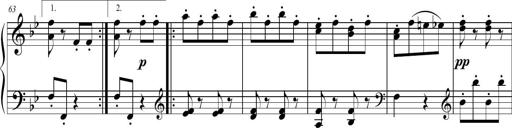
Title: 2 Sonatines faciles et brillantes pour le piano-forte seul
Composer: Carl Czerny